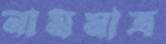
নামমাত্র